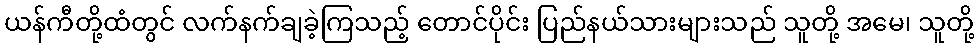
ယန်ကီတို့ထံတွင် လက်နက်ချခဲ့ကြသည့် တောင်ပိုင်း ပြည်နယ်သားများသည် သူတို့ အမေ၊ သူတို့